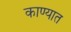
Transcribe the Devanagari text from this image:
काण्यात